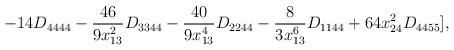
LaTeX: \begin{align*}- 14 D_{4444} - \frac{46}{9 x_{13}^{2}} D_{3344} - \frac{40}{9 x_{13}^{4}} D_{2244} - \frac{8}{3 x_{13}^{6}} D_{1144} + 64 x_{24}^{2}D_{4455}],\end{align*}